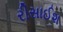
રીસાઈશ